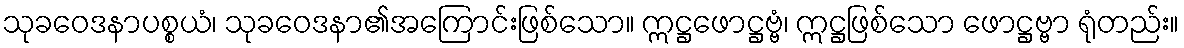
သုခဝေဒနာပစ္စယံ၊ သုခဝေဒနာ၏အကြောင်းဖြစ်သော။ ဣဋ္ဌဖောဋ္ဌဗ္ဗံ၊ ဣဋ္ဌဖြစ်သော ဖောဋ္ဌဗ္ဗာ ရုံတည်း။